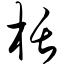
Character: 栝